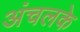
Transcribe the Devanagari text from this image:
अंचलके